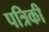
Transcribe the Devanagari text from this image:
पत्रिकी